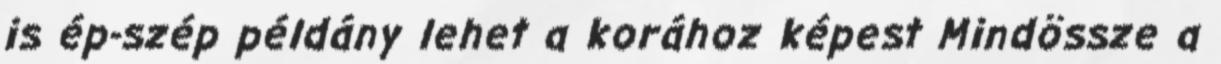
is ép-szép példány lehet a korához képest Mindössze a